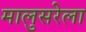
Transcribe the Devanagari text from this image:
मालुसरेला